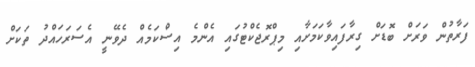
ފަރާތުން ވަރަށް ބޮޑަށް ގިރާފައިވާކަމަށާއި މިޕްރޮޖެކްޓުގައި އެންމެ އިސްކަމެއް ދެވޭނީ އެސަރަހައްދު ތަކަށް